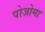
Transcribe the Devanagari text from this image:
पोजोमा